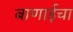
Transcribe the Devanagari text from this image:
बाणाईचा